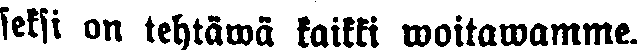
seksi on tehtäwä kaikki woitawamme.